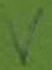
Text: V